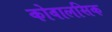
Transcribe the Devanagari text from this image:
कोवालसिक